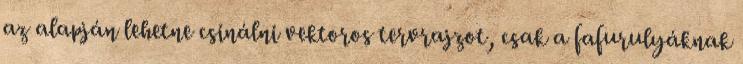
az alapján lehetne csinálni vektoros tervrajzot, csak a fafurulyáknak